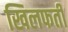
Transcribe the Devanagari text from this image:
खिलफती